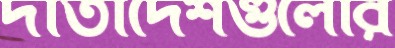
দাতাদেশগুলোর